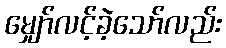
မျှော်လင့်ခဲ့သော်လည်း